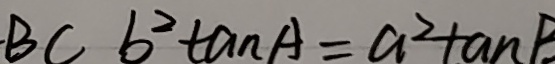
B C b ^ { 2 } \tan A = a ^ { 2 } + a n B